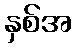
နှစ်အ